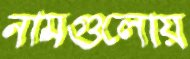
নামগুলোয়